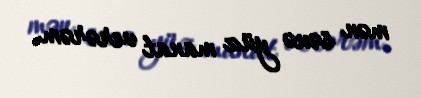
mən sənə yüz manat verərəm.